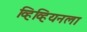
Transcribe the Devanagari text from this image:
व्हिव्हियनला